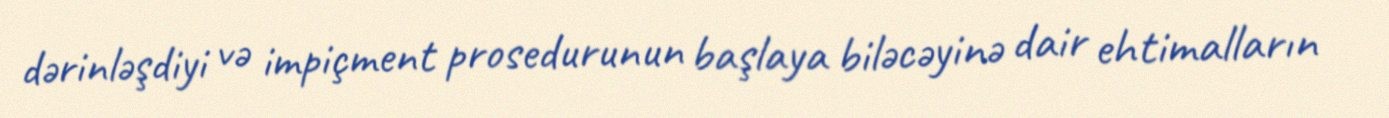
dərinləşdiyi və impiçment prosedurunun başlaya biləcəyinə dair ehtimalların